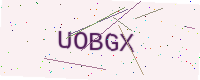
Text: UOBGX